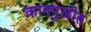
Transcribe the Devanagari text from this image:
कानपुळीत